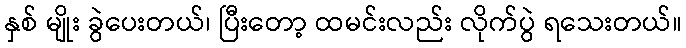
နှစ် မျိုး ခွဲပေးတယ်၊ ပြီးတော့ ထမင်းလည်း လိုက်ပွဲ ရသေးတယ်။